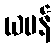
ယမန်